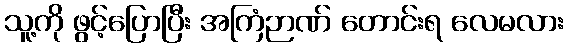
သူ့ကို ဖွင့်ပြောပြီး အကြံဉာဏ် တောင်းရ လေမလား